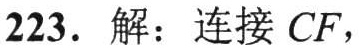
223. 解：连接 \(CF\)，